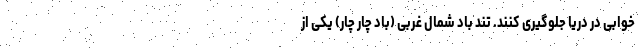
خوابی در دریا جلوگیری کنند. تند باد شمال غربی (باد چار چار) یکی از